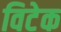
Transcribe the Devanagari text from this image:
विटेक